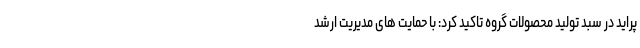
پراید در سبد تولید محصولات گروه تاکید کرد: با حمایت های مدیریت ارشد